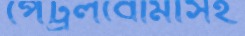
পেট্রলবোমাসহ